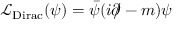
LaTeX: { \mathcal { L } } _ { \mathrm { D i r a c } } ( \psi ) = { \bar { \psi } } ( i \partial \! \! \! / - m ) \psi